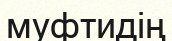
муфтидің